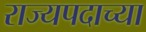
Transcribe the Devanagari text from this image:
राज्यपदाच्या